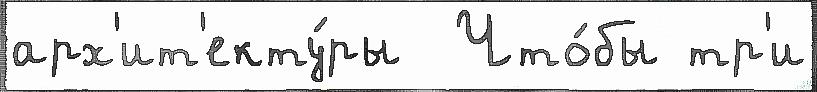
арх'ит'екту́ры  Что́бы тр'и